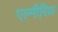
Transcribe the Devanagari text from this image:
एल्मीरिया